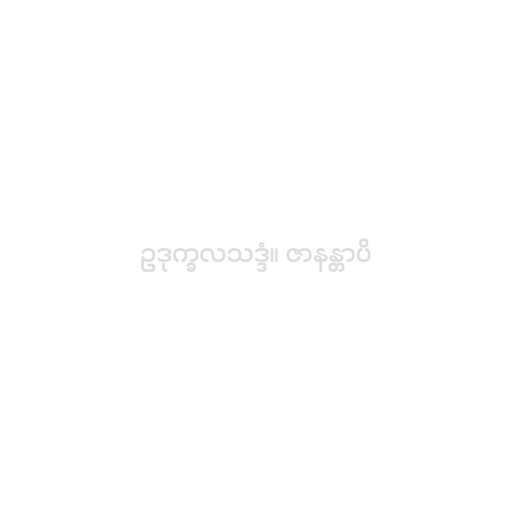
ဥဒုက္ခလသဒ္ဒံ။ ဇာနန္တာပိ